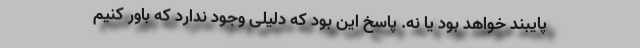
پایبند خواهد بود یا نه. پاسخ این بود که دلیلی وجود ندارد که باور کنیم